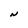
Character: N